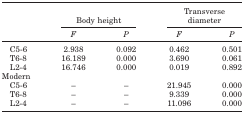
<table><thead><tr><td rowspan="2">[EMPTY_CELL]</td><td colspan="2"><b>Body height</b></td><td colspan="2"><b>Transverse diameter</b></td></tr><tr><td><b><i>F</i></b></td><td><b><i>P</i></b></td><td><b><i>F</i></b></td><td><b><i>P</i></b></td></tr></thead><tbody><tr><td>C5‐6</td><td>2.938</td><td>0.092</td><td>0.462</td><td>0.501</td></tr><tr><td>T6‐8</td><td>16.189</td><td>0.000</td><td>3.690</td><td>0.061</td></tr><tr><td>L2‐4</td><td>16.746</td><td>0.000</td><td>0.019</td><td>0.892</td></tr><tr><td>Modern</td><td>[EMPTY_CELL]</td><td>[EMPTY_CELL]</td><td>[EMPTY_CELL]</td><td>[EMPTY_CELL]</td></tr><tr><td>C5‐6</td><td>–</td><td>–</td><td>21.945</td><td>0.000</td></tr><tr><td>T6‐8</td><td>–</td><td>–</td><td>9.339</td><td>0.000</td></tr><tr><td>L2‐4</td><td>–</td><td>–</td><td>11.096</td><td>0.000</td></tr></tbody></table>